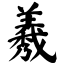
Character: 𦏁